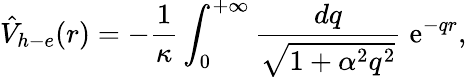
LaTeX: {\hat{V}}_{h-e}(r)=-\frac{1}{\kappa}\int_{0}^{+\infty}\frac{dq}{\sqrt{1+\alpha^{2}q^{2}}}\; \textrm{e}^{-qr},